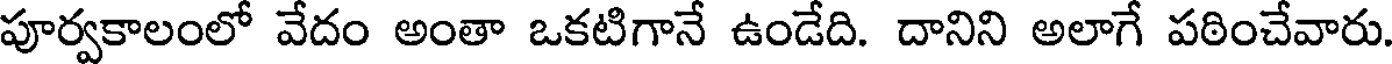
పూర్వకాలంలో వేదం అంతా ఒకటిగానే ఉండేది. దానిని అలాగే పఠించేవారు